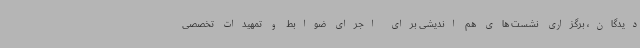
دیدگان، برگزاری نشست های هم اندیشی برای اجرای ضوابط و تمهیدات تخصصی